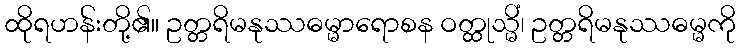
ထိုရဟန်းတို့၏။ ဥတ္တရိမနုဿဓမ္မာရောစန ဝတ္ထုသ္မိံ၊ ဥတ္တရိမနုဿဓမ္မကို